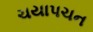
ચયાપચન